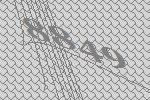
8849